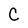
Character: C